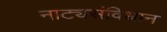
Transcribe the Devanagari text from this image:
नाट्यसंविधान